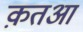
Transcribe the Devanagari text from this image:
क़तआ